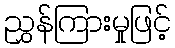
ညွှန်ကြားမှုဖြင့်